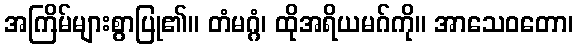
အကြိမ်များစွာပြု၏။ တံမဂ္ဂံ၊ ထိုအရိယမဂ်ကို။ အာသေဝတော၊